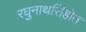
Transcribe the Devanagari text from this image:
रघुनाथसिंहोत